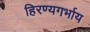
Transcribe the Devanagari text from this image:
हिरण्यगर्भाय